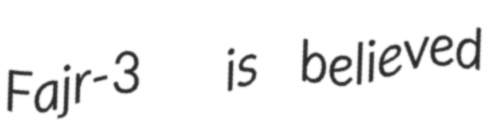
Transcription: Fajr-3  is believed